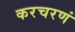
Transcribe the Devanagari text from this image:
करचरणं